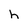
Character: h